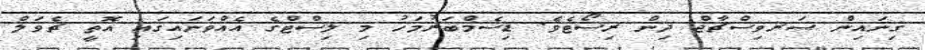
ގިނައިން ސަރވިސްޗާޖް ދިން ރިސޯޓެވެ. ޑިސެމްބަރުމަހު މި ލިސްޓްގެ އެއްވަނައިގައި އޮތީ ޗެވަލް